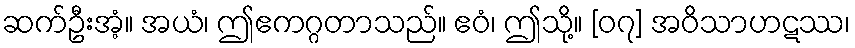
ဆက်ဦးအံ့။ အယံ၊ ဤဧကဂ္ဂတာသည်။ ဧဝံ၊ ဤသို့။ [၀၇] အဝိသာဟဋဿ၊